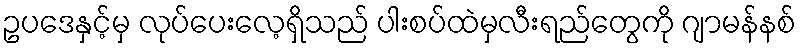
ဥပဒေနှင့်မှ လုပ်ပေးလေ့ရှိသည် ပါးစပ်ထဲမှလီးရည်တွေကို ဂျာမန်နစ်